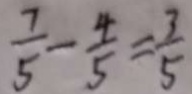
\frac { 7 } { 5 } - \frac { 4 } { 5 } = \frac { 3 } { 5 }